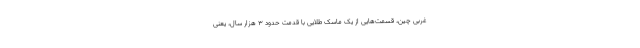
غربی چین، قسمت‌هایی از یک ماسک طلایی با قدمت حدود ۳ هزار سال، یعنی